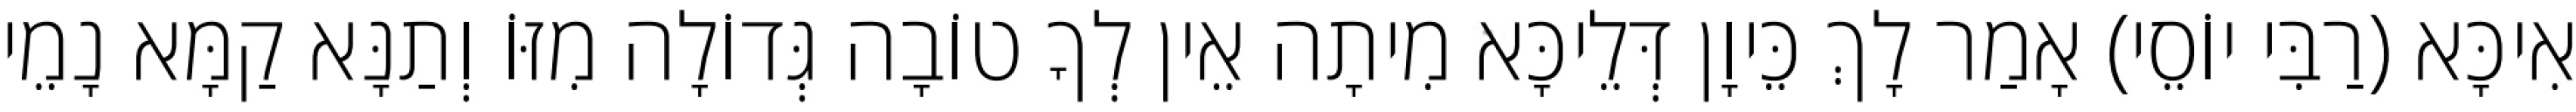
אִיכָּא (רַבִּי יוֹסֵי) אָמַר לָךְ כֵּיוָן דְּלֵיכָּא מִיתָה אֵין לְךָ טוֹבָה גְּדוֹלָה מִזּוֹ וְתַנָּא קַמָּא נָמֵי